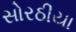
સોરઠીયા